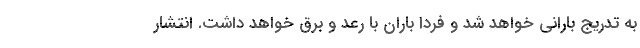
به تدریج بارانی خواهد شد و فردا باران با رعد و برق خواهد داشت. انتشار